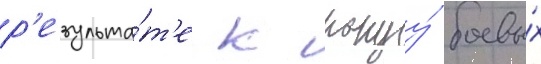
р'езульта́т'е к концу́ боевы́х